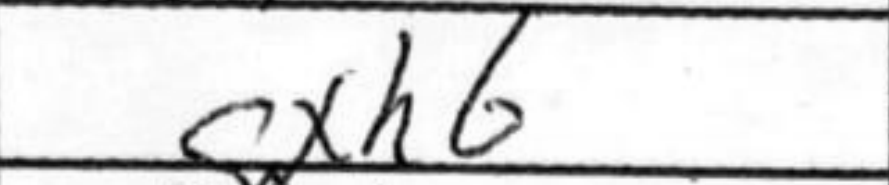
Transcription: cxh6